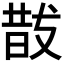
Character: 𭣚